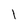
Character: I